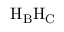
\mathrm { H _ { B } H _ { C } }